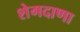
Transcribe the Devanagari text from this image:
शेगदाणा